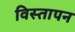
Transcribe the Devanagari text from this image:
विस्तापन